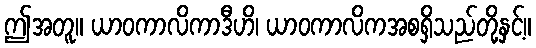
ဤအတူ။ ယာဝကာလိကာဒီဟိ၊ ယာဝကာလိကအစရှိသည်တို့နှင့်။